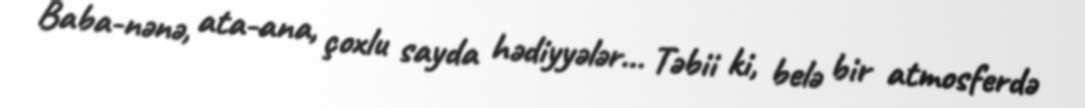
Baba-nənə, ata-ana, çoxlu sayda hədiyyələr... Təbii ki, belə bir atmosferdə